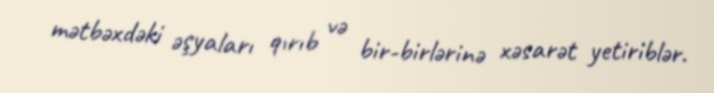
mətbəxdəki əşyaları qırıb və bir-birlərinə xəsarət yetiriblər.